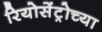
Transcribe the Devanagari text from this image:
रियोसेंट्रोच्या